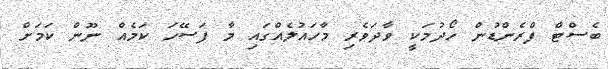
ބެސްޓް ފްރެންޑުން ހޯދުމަކީ ވާދަވެރި މާހައުލެއްގައި މާ ފަސޭހަ ކަމެއް ނޫން ކަމަށް